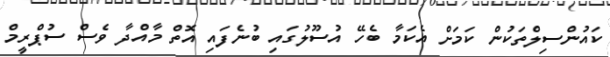
ކައުންސިލްތަކުން ކަމަށް އެކަމާ ބެހޭ އުސޫލުގައި ބުނެފައި އޮތް މާއްދާ ވެސް ސުޕްރީމް